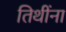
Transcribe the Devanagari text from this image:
तिथींना